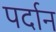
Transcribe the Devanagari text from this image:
पर्दान